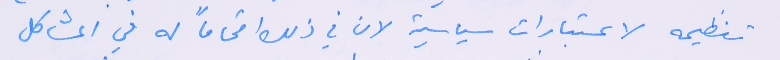
تنظيمه لاعتبارات سياسية لان في ذلك اقحاماً له في المشاكل